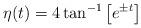
LaTeX: \begin{align*}\eta (t)= 4 \tan ^{-1} \left[e ^{\pm t}\right]\end{align*}